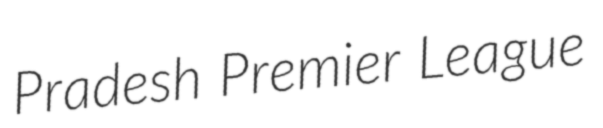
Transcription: Pradesh Premier League